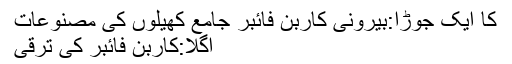
کا ایک جوڑا:بیرونی کاربن فائبر جامع کھیلوں کی مصنوعات
اگلا:کاربن فائبر کی ترقی